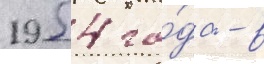
1954 го́да - в